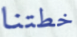
خطتنا